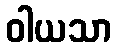
ဝါယသာ